Report of the Municipal Commissioner on the plague in Bombay for the year ending 31st May... - Volume 3
Disease focus: Plague
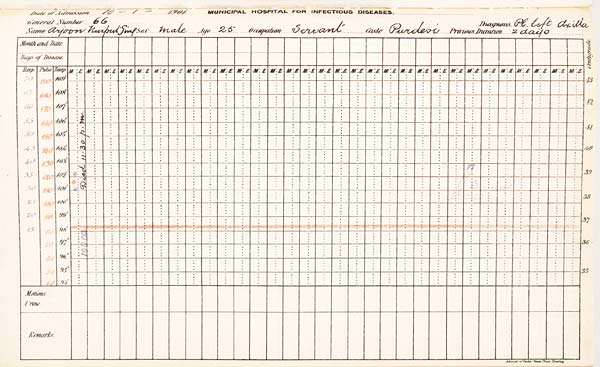
Date
of
Admission
1901
MUNICIPAL
HOSPITAL
FOR
INFECTIOUS
DISEASES.
General
Number
Diagnosis
Name
Sex
Age
Occupation
Caste
Previous
Duration